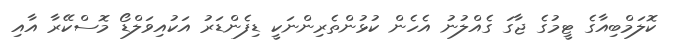
ކޮލަމްބިއާގެ ޓީމުގެ ޖާގަ ގެއްލުނު އެހެން ކުޅުންތެރިންނަކީ ޑިފެންޑަރު އަކުއިވަލްޑޯ މޮސްކޭރާ އާއި